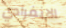
الانفرادي